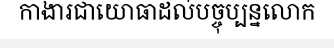
កាងារជាយោធាដល់បច្ចុប្បន្នលោក